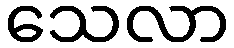
သေလာ